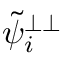
\tilde { \psi } _ { i } ^ { \perp \perp }